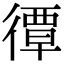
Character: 𢕯